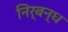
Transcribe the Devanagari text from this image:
निर्बन्ध